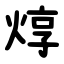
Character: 焞